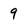
Character: 9